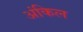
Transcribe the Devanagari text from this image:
अंकिल